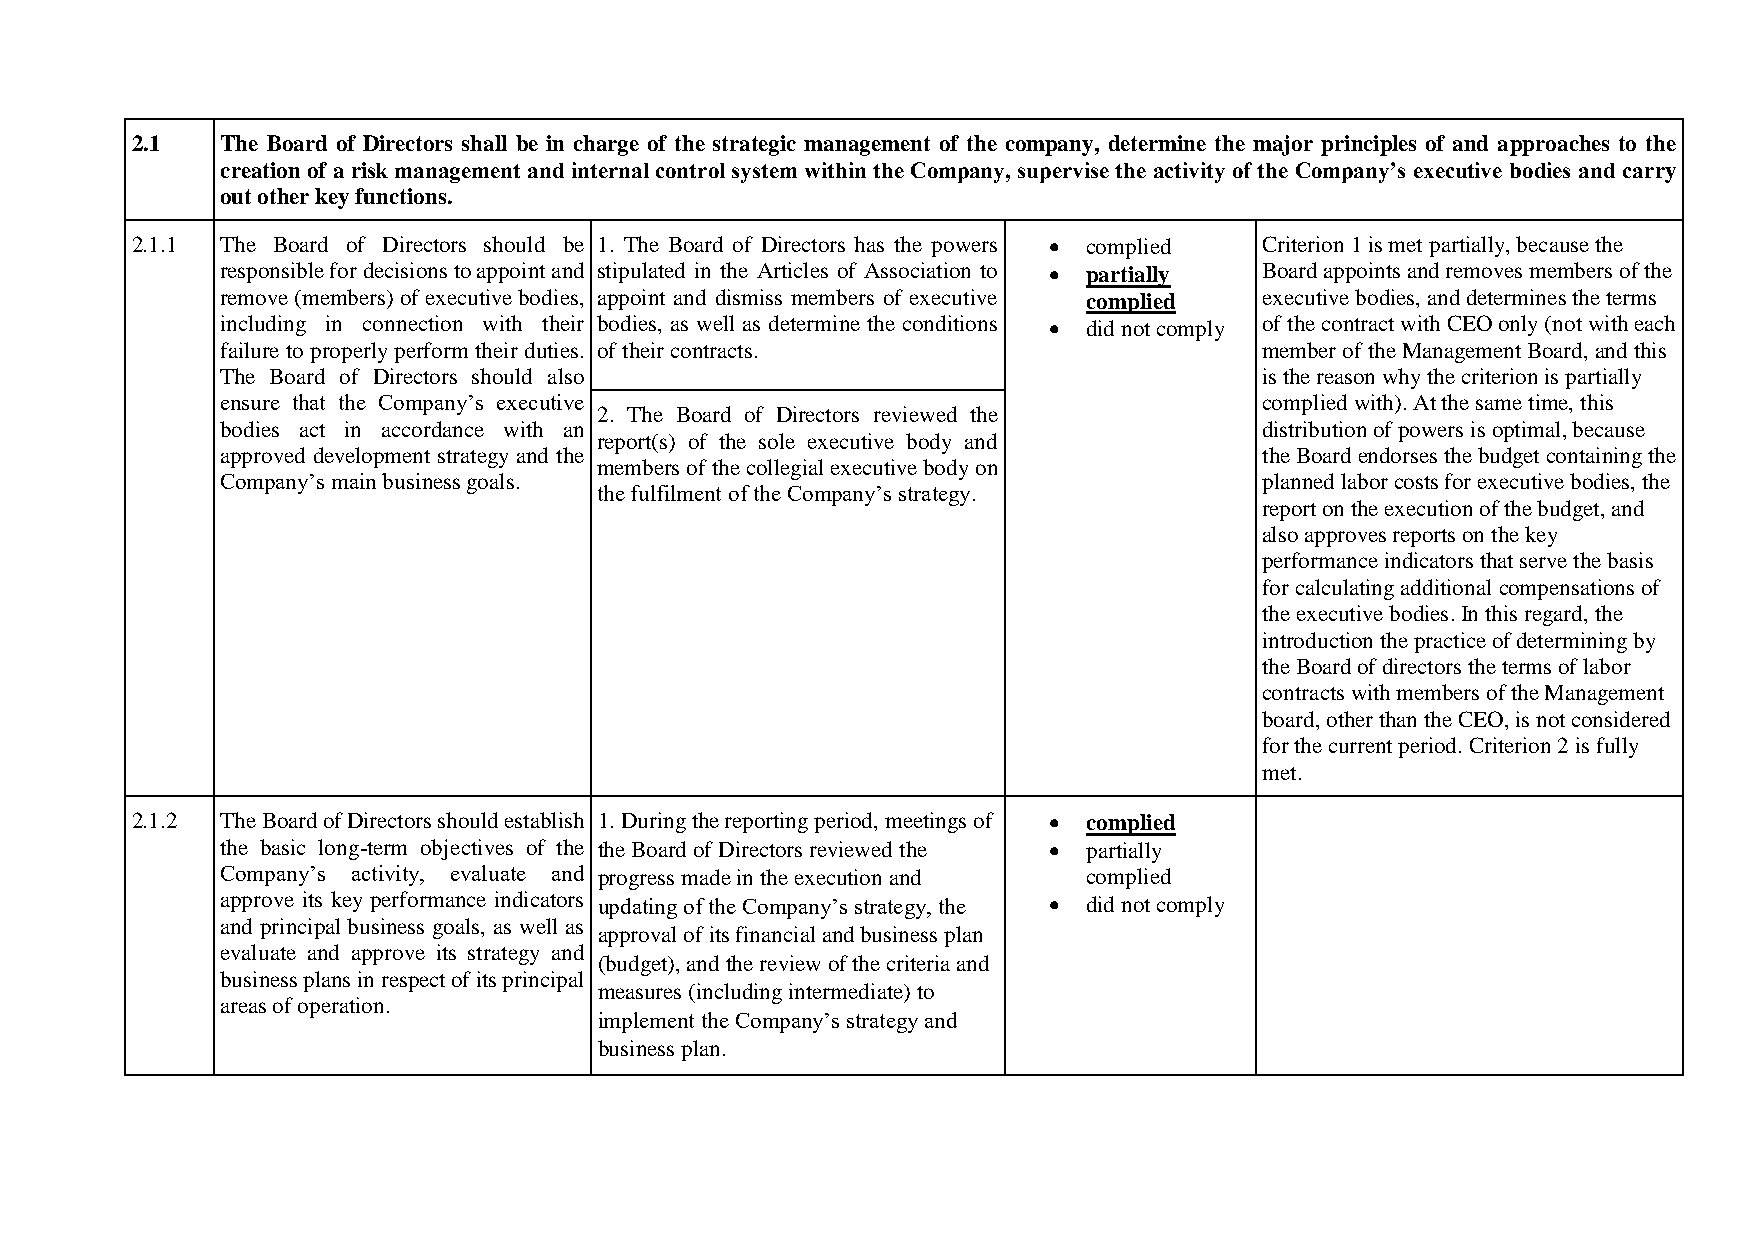
2.1   The Board of Directors shall be in charge of the strategic management of the company, determine the major principles of and approaches to the
 creation of a risk management and internal control system within the Company, supervise the activity of the Company’s executive bodies and carry
 out other key functions.
 2.1.1 The Board of Directors should be 1. The Board of Directors has the powers  complied Criterion 1 is met partially, because the
 responsible for decisions to appoint and stipulated in the Articles of Association to  partially Board appoints and removes members of the
 remove (members) of executive bodies, appoint and dismiss members of executive complied executive bodies, and determines the terms
 including in connection with their bodies, as well as determine the conditions  did not comply of the contract with CEO only (not with each
 failure to properly perform their duties. of their contracts.        member of the Management Board, and this
 The Board of Directors should also                                   is the reason why the criterion is partially
 ensure that the Company’s executive                                  complied with). At the same time, this
 2. The Board of Directors reviewed the
 bodies act in accordance with an                                     distribution of powers is optimal, because
 report(s) of the sole executive body and
 approved development strategy and the                                the Board endorses the budget containing the
 members of the collegial executive body on
 Company’s main business goals.                                       planned labor costs for executive bodies, the
 the fulfilment of the Company’s strategy.
 report on the execution of the budget, and
 also approves reports on the key
 performance indicators that serve the basis
 for calculating additional compensations of
 the executive bodies. In this regard, the
 introduction the practice of determining by
 the Board of directors the terms of labor
 contracts with members of the Management
 board, other than the CEO, is not considered
 for the current period. Criterion 2 is fully
 met.
 2.1.2 The Board of Directors should establish 1. During the reporting period, meetings of  complied
 the basic long-term objectives of the the Board of Directors reviewed the  partially
 Company’s activity, evaluate and progress made in the execution and complied
 approve its key performance indicators updating of the Company’s strategy, the  did not comply
 and principal business goals, as well as
 approval of its financial and business plan
 evaluate and approve its strategy and
 (budget), and the review of the criteria and
 business plans in respect of its principal
 measures (including intermediate) to
 areas of operation.
 implement the Company’s strategy and
 business plan.